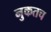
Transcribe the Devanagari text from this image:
नुकतच